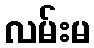
လမ်းမ